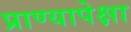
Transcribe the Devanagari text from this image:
प्राण्यापेक्षा